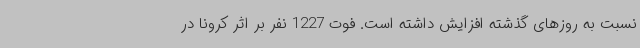
نسبت به روزهای گذشته افزایش داشته است. فوت 1227 نفر بر اثر کرونا در